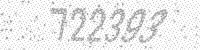
Solution: 722393